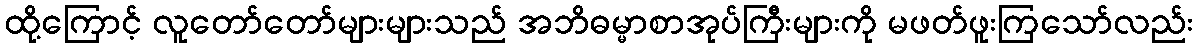
ထို့ကြောင့် လူတော်တော်များများသည် အဘိဓမ္မာစာအုပ်ကြီးများကို မဖတ်ဖူးကြသော်လည်း